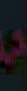
مد